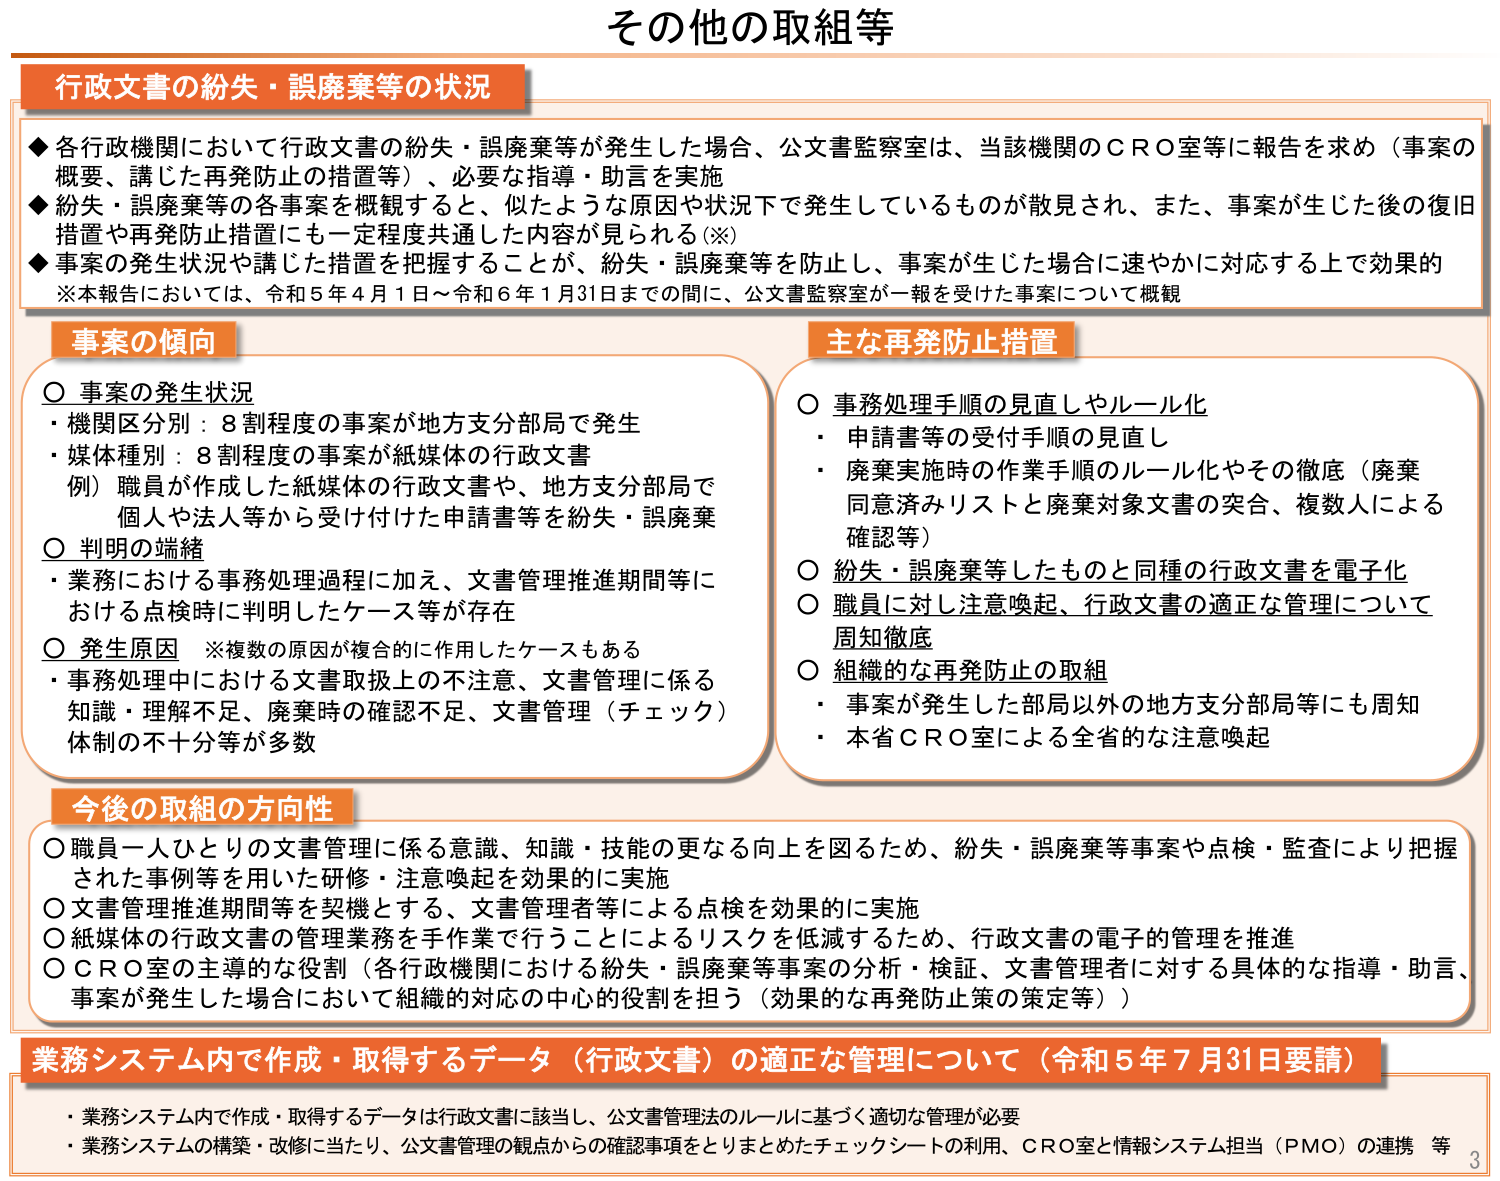
その他の取組等

行政文書の紛失・誤廃棄等の状況
◆ 各行政機関において行政文書の紛失・誤廃棄等が発生した場合、公文書監察室は、当該機関のＣＲＯ室等に報告を求め（事案の概要、講じた再発防止の措置等）、必要な指導・助言を実施
◆ 紛失・誤廃棄等の各事案を概観すると、似たような原因や状況下で発生しているものが散見され、また、事案が生じた後の復旧措置や再発防止措置にも一定程度共通した内容が見られる（※）
◆ 事案の発生状況や講じた措置を把握することが、紛失・誤廃棄等を防止し、事案が生じた場合に速やかに対応する上で効果的
※本報告においては、令和５年４月１日～令和６年１月31日までの間に、公文書監察室が一報を受けた事案について概観

事案の傾向
〇 事案の発生状況
・ 機関区分別：８割程度の事案が地方支分部局で発生
・ 媒体種別：８割程度の事案が紙媒体の行政文書
例）職員が作成した紙媒体の行政文書や、地方支分部局で個人や法人等から受け付けた申請書等を紛失・誤廃棄
〇 判明の端緒
・ 業務における事務処理過程に加え、文書管理推進期間等における点検時に判明したケース等が存在
〇 発生原因 ※複数の原因が複合的に作用したケースもある
・ 事務処理中における文書取扱上の不注意、文書管理に係る知識・理解不足、廃棄時の確認不足、文書管理（チェック）体制の不十分等が多数

主な再発防止措置
〇 事務処理手順の見直しやルール化
・ 申請書等の受付手順の見直し
・ 廃棄実施時の作業手順のルール化やその徹底（廃棄同意済みリストと廃棄対象文書の突合、複数人による確認等）
〇 紛失・誤廃棄等したものと同種の行政文書を電子化
〇 職員に対し注意喚起、行政文書の適正な管理について周知徹底
〇 組織的な再発防止の取組
・ 事案が発生した部局以外の地方支分部局等にも周知
・ 本省ＣＲＯ室による全省的な注意喚起

今後の取組の方向性
〇 職員一人ひとりの文書管理に係る意識・知識・技能の更なる向上を図るため、紛失・誤廃棄等事案や点検・監査により把握された事例等を用いた研修・注意喚起を効果的に実施
〇 文書管理推進期間等を契機とする、文書管理者等による点検を効果的に実施
〇 紙媒体の行政文書の管理業務を手作業で行うことによるリスクを低減するため、行政文書の電子的管理を推進
〇 ＣＲＯ室の主導的な役割（各行政機関における紛失・誤廃棄等事案の分析・検証、文書管理者に対する具体的な指導・助言、事案が発生した場合において組織的対応の中心的役割を担う（効果的な再発防止策の策定等））

業務システム内で作成・取得するデータ（行政文書）の適正な管理について（令和５年７月31日要請）
・ 業務システム内で作成・取得するデータは行政文書に該当し、公文書管理法のルールに基づく適切な管理が必要
・ 業務システムの構築・改修に当たり、公文書管理の観点からの確認事項をとりまとめたチェックシートの利用、ＣＲＯ室と情報システム担当（PMO）の連携 等

3